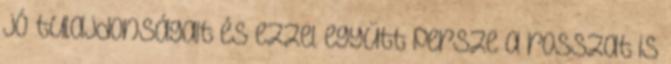
jó tulajdonságait és ezzel együtt persze a rosszat is